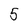
Character: 5